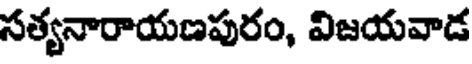
సత్యనారాయణపురం, విజయవాడ